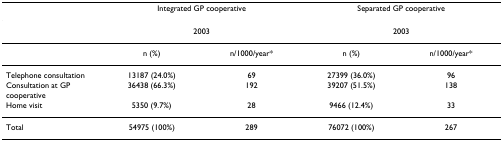
<table><thead><tr><td></td><td colspan="2"><b>Integrated GP cooperative</b></td><td colspan="2"><b>Separated GP cooperative</b></td></tr></thead><tbody><tr><td></td><td colspan="2">2003</td><td colspan="2">2003</td></tr><tr><td></td><td>n (%)</td><td>n/1000/year*</td><td>n (%)</td><td>n/1000/year*</td></tr><tr><td>Telephone consultation</td><td>13187 (24.0%)</td><td>69</td><td>27399 (36.0%)</td><td>96</td></tr><tr><td>Consultation at GP cooperative</td><td>36438 (66.3%)</td><td>192</td><td>39207 (51.5%)</td><td>138</td></tr><tr><td>Home visit</td><td>5350 (9.7%)</td><td>28</td><td>9466 (12.4%)</td><td>33</td></tr><tr><td>Total</td><td>54975 (100%)</td><td>289</td><td>76072 (100%)</td><td>267</td></tr></tbody></table>